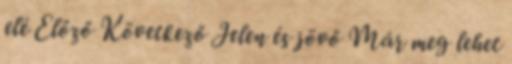
elé Előző Következő Jelen és jövő Már meg lehet